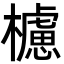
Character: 櫖